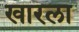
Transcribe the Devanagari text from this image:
खारला